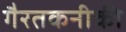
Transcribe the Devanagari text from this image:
गैरतकनीकी